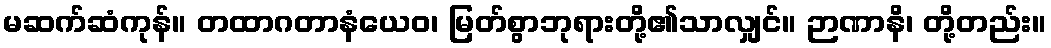
မဆက်ဆံကုန်။ တထာဂတာနံယေဝ၊ မြတ်စွာဘုရားတို့၏သာလျှင်။ ဉာဏာနိ၊ တို့တည်း။